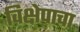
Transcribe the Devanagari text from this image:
विक्षेपाचा